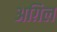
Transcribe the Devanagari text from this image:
अग़िल